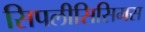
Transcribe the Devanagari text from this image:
सिपलीसिसिमस